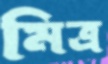
মিত্র